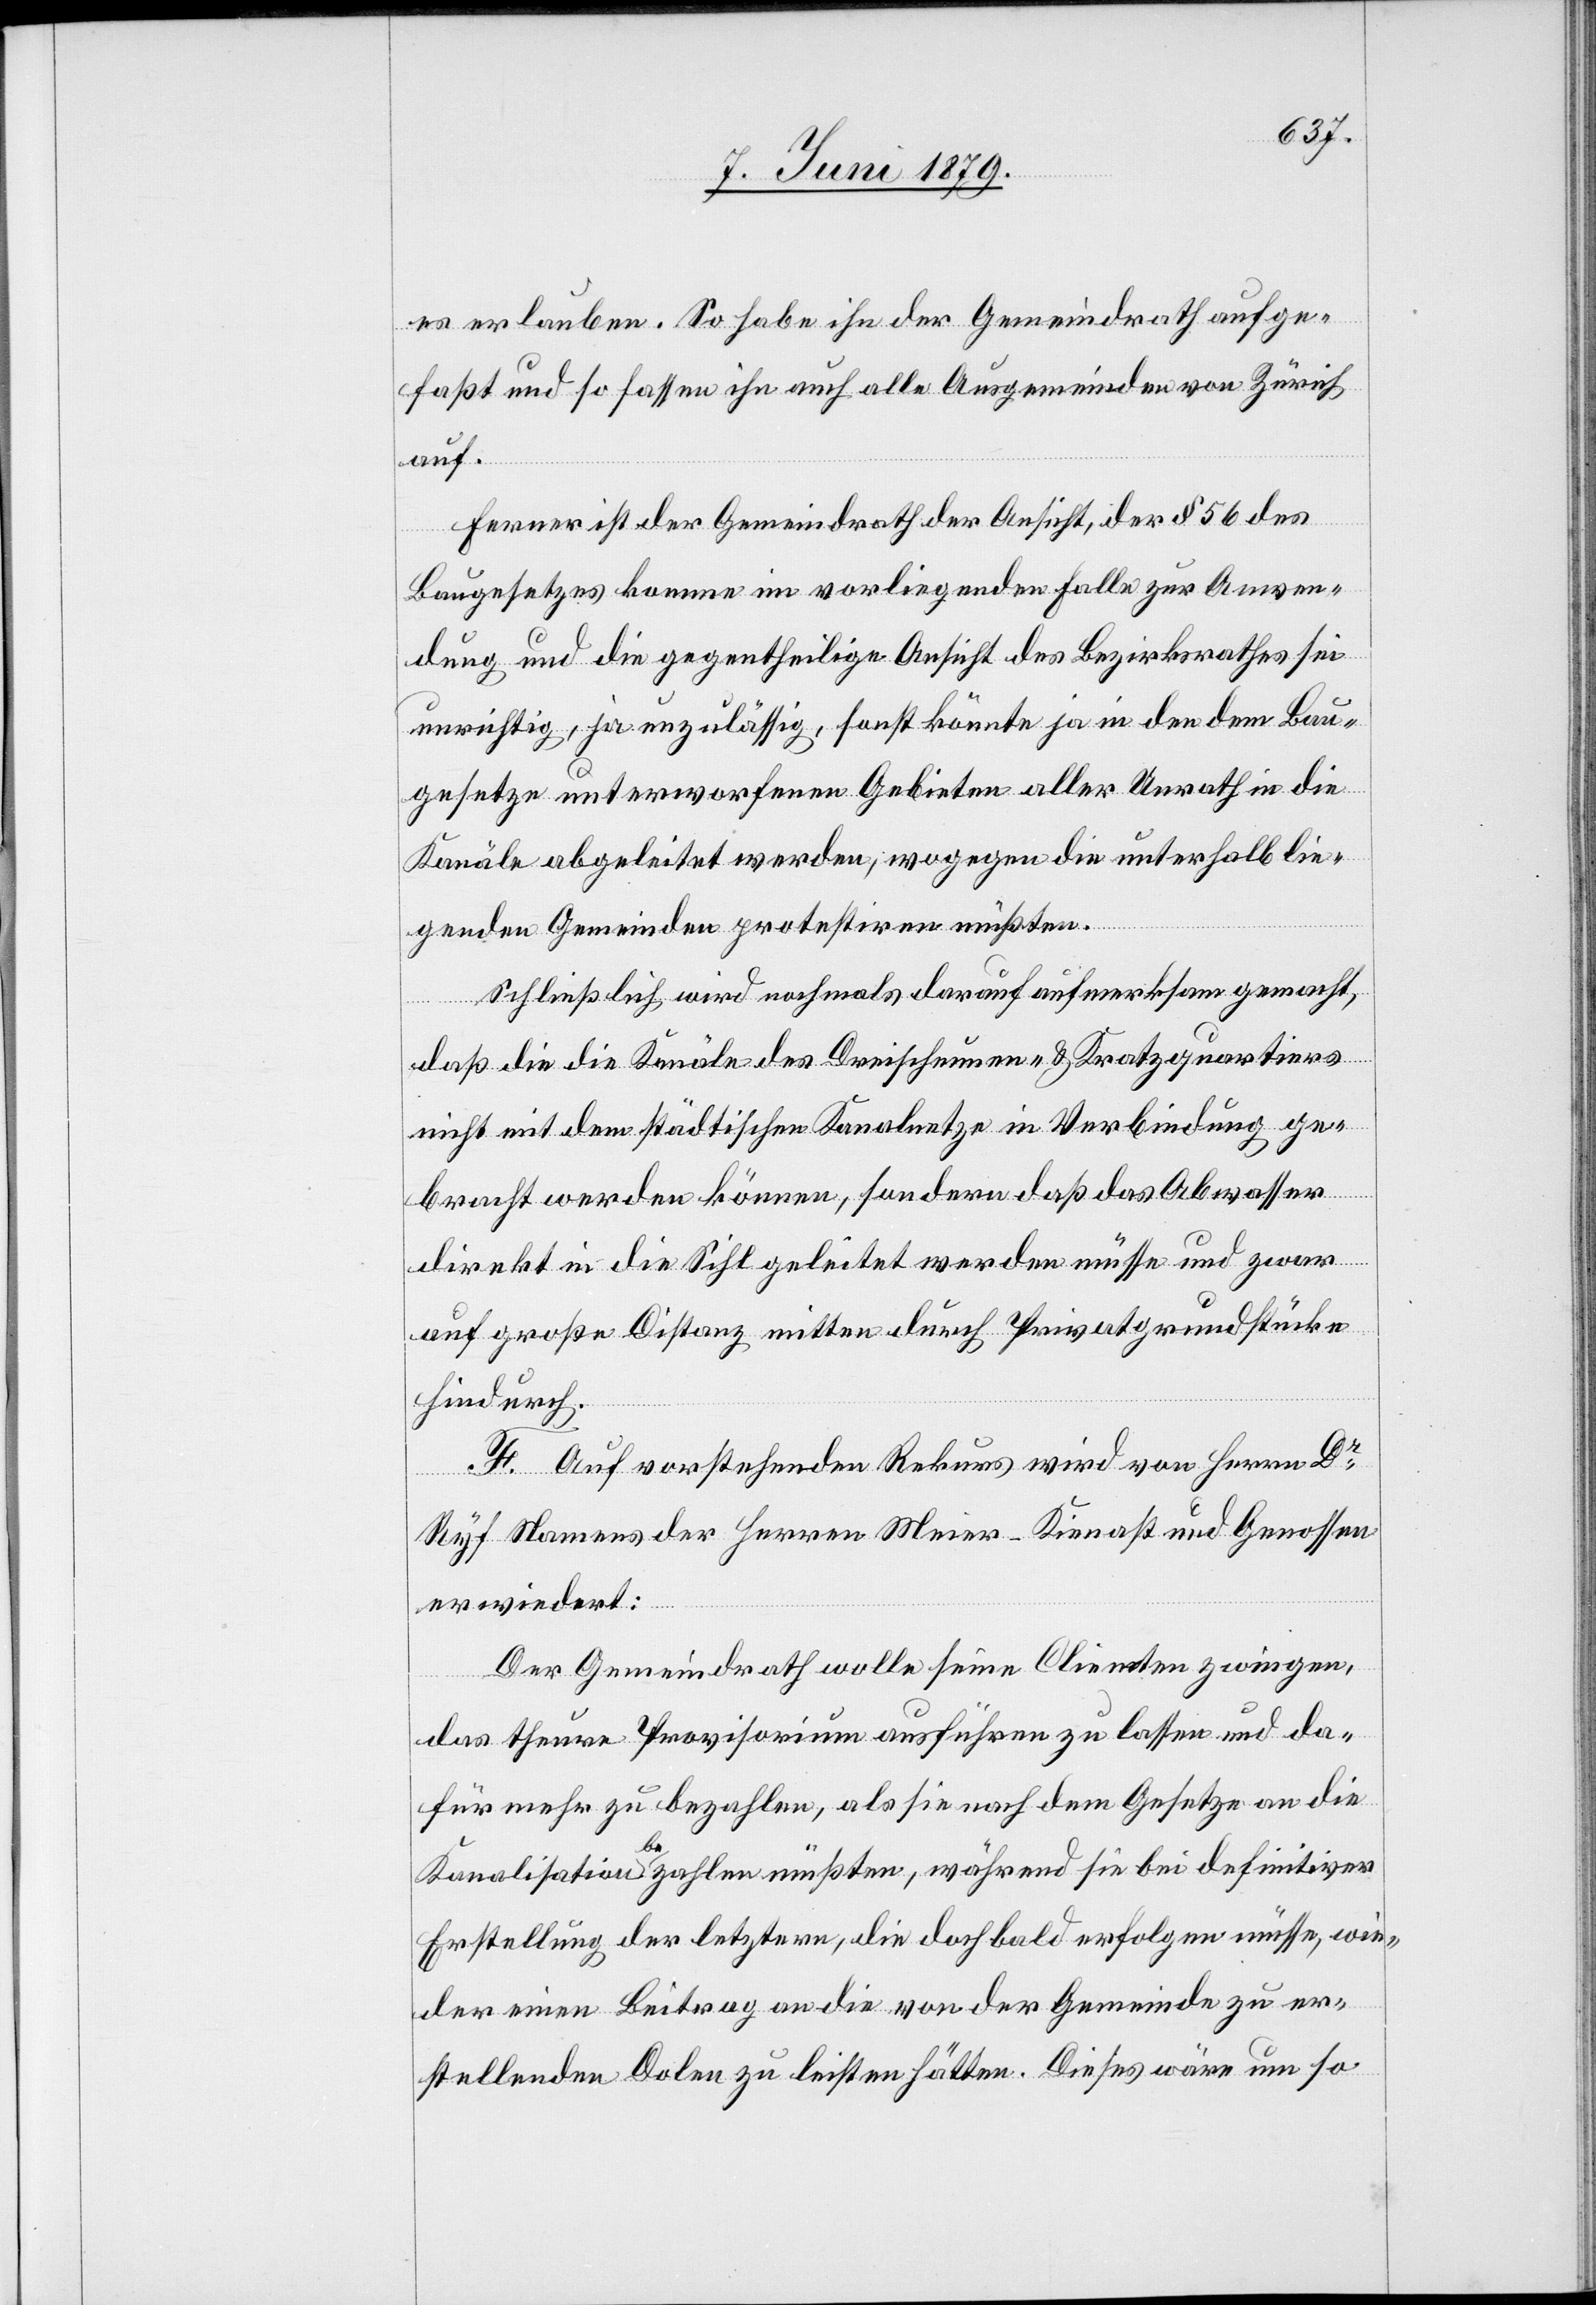
es erlauben. So habe ihn der Gemeindrath aufge¬
faßt und so fassen ihn auch alle Ausgemeinden von Zürich
die
auf.
cheunen-
Ferner ist der Gemeindrath der Ansicht, der § 56 des
Baugesetzes komme im vorliegenden Falle zur Anwen¬
dung und die gegentheilige Ansicht des Bezirksrathes sei
unrichtig, ja unzulässig, sonst könnte ja in den dem Bau¬
gesetze unterworfenen Gebieten aller Unrath in die
Kanäle abgeleitet werden, wogegen die unterhalb lie¬
genden Gemeinden protestiren müßten.
Schließlich wird nochmals darauf aufmerksam gemacht,
daß
nicht mit dem städtischen Kanalnetze in Verbindung ge¬
bracht werden können, sondern daß das Abwasser
direkt in die Sihl geleitet werden müsse und zwar
auf große Distanz mitten durch Privatgrundstücke
hindurch.
F. Auf vorstehenden Rekurs wird von Herrn Dr
Ryf Namens der Herren Meier-Kienast und Genossen
erwiedert:
Der Gemeindrath wolle seine Clienten zwingen,
das theure Provisorium ausführen zu lassen und da¬
für mehr zu bezahlen, als sie nach dem Gesetze an die
Kanalisation bezahlen müßten, während sie bei definitiver
Erstellung der letztern, die doch bald erfolgen müsse, wie¬
der einen Beitrag an die von der Gemeinde zu er¬
stellenden Dolen zu leisten hätten. Dieses wäre um so